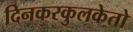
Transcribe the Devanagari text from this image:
दिनकरकुलकेतो